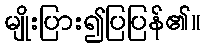
မျိုးပြား၍ပြပြန်၏။